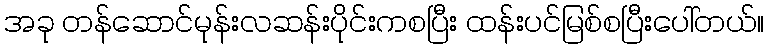
အခု တန်ဆောင်မုန်းလဆန်းပိုင်းကစပြီး ထန်းပင်မြစ်စပြီးပေါ်တယ်။